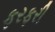
ફરફરી